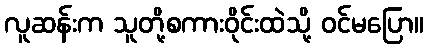
လူဆန်းက သူတို့စကားဝိုင်းထဲသို့ ဝင်မပြော။